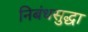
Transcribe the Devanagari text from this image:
निबंधसुद्धा